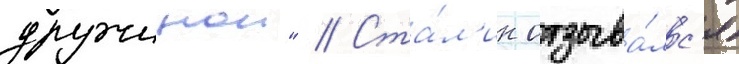
дружинои" // Ста́л'ин отзыва́лс'я